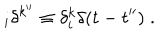
LaTeX: _ { i } \delta ^ { k ^ { \prime \prime } } \equiv \delta _ { i } ^ { k } \delta ( t - t ^ { \prime \prime } ) \; .